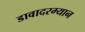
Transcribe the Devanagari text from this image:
डावादरम्यान